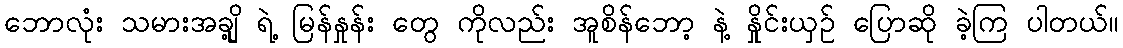
ဘောလုံး သမားအချို့ ရဲ့ မြန်နှုန်း တွေ ကိုလည်း အူစိန်ဘော့ နဲ့ နှိုင်းယှဉ် ပြောဆို ခဲ့ကြ ပါတယ်။